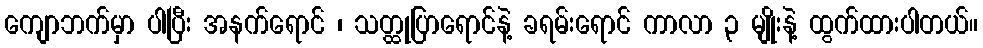
ကျောဘက်မှာ ပါပြီး အနက်ရောင် ၊ သတ္ထုပြာရောင်နဲ့ ခရမ်းရောင် ကာလာ ၃ မျိုးနဲ့ ထွက်ထားပါတယ်။